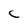
Character: C